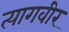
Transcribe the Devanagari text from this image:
त्यागवीर